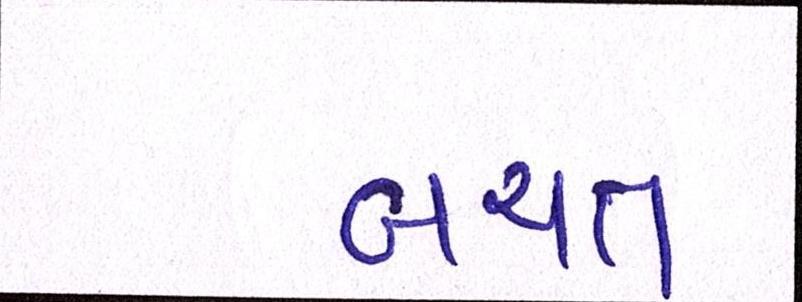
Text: બચત